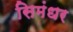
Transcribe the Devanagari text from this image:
सिमंधर